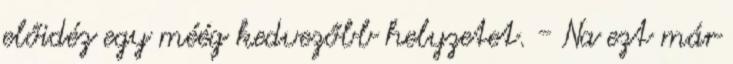
előidéz egy méég kedvezőbb helyzetet. - Na ezt már